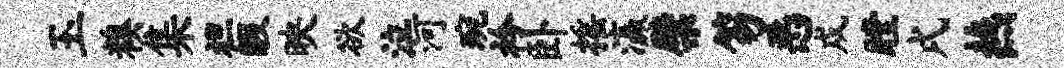
玉糗集袒暇映欲泣河琬衿卧摇瀛檗笏恶戍瞠戌燕